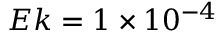
E k = 1 \times 1 0 ^ { - 4 }